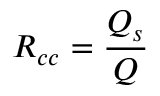
R _ { c c } = \frac { Q _ { s } } { Q }